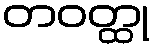
တဝတ္ထု